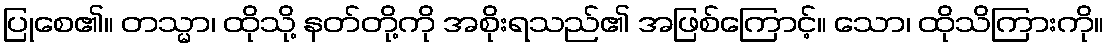
ပြုစေ၏။ တသ္မာ၊ ထိုသို့ နတ်တို့ကို အစိုးရသည်၏ အဖြစ်ကြောင့်။ သော၊ ထိုသိကြားကို။